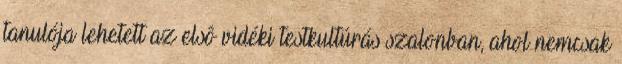
tanulója lehetett az elsô vidéki testkultúrás szalonban, ahol nemcsak